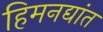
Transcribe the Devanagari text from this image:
हिमनद्यांत